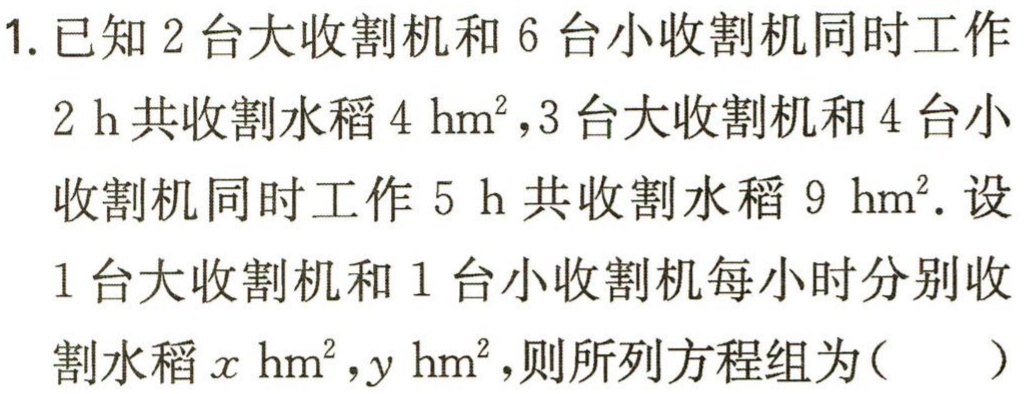
1. 已知 \(2\) 台大收割机和 \(6\) 台小收割机同时工作

\(2\ h\) 共收割水稻 \(4\ hm^{2}\), \(3\) 台大收割机和 \(4\) 台小

收割机同时工作 \(5\ h\) 共收割水稻 \(9\ hm^{2}\). 设

\(1\) 台大收割机和 \(1\) 台小收割机每小时分别收

割水稻 \(x\ hm^{2},y\ hm^{2}\),则所列方程组为(  )